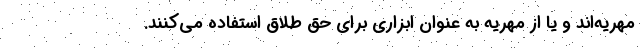
مهریه‌اند و یا از مهریه به عنوان ابزاری برای حق طلاق استفاده می‌کنند.